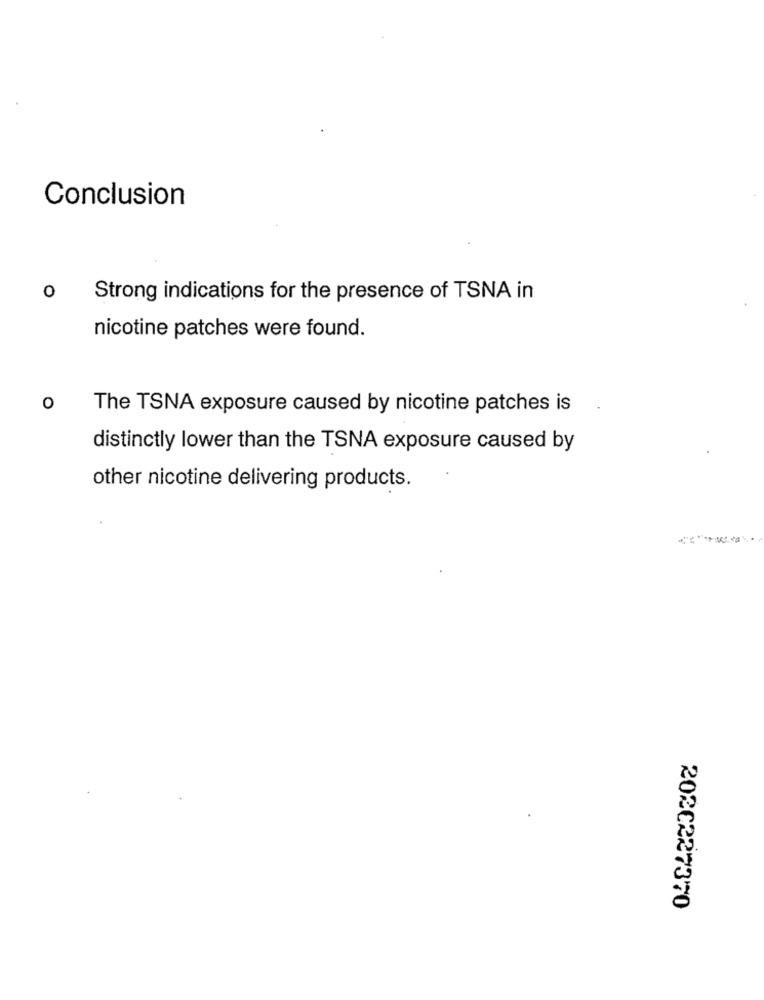
Conclusion
0
Strong indications for the presence of TSNA in
nicotine patches were found.
o
The TSNA exposure caused by nicotine patches is
distinctly lower than the TSNA exposure caused by
other nicotine delivering products.
2020227370